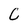
Character: C